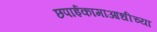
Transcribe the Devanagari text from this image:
छपाईकामाआधीच्या